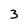
Character: 3